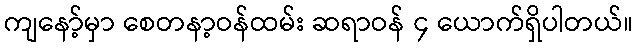
ကျနော့်မှာ စေတနာ့ဝန်ထမ်း ဆရာဝန် ၄ ယောက်ရှိပါတယ်။